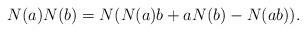
LaTeX: \begin{align*}N(a)N(b) = N(N(a)b + aN(b) - N(ab)).\end{align*}